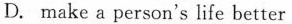
D. make a person's life better